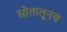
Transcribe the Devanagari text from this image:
स्रोतातूनच